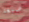
صبغة